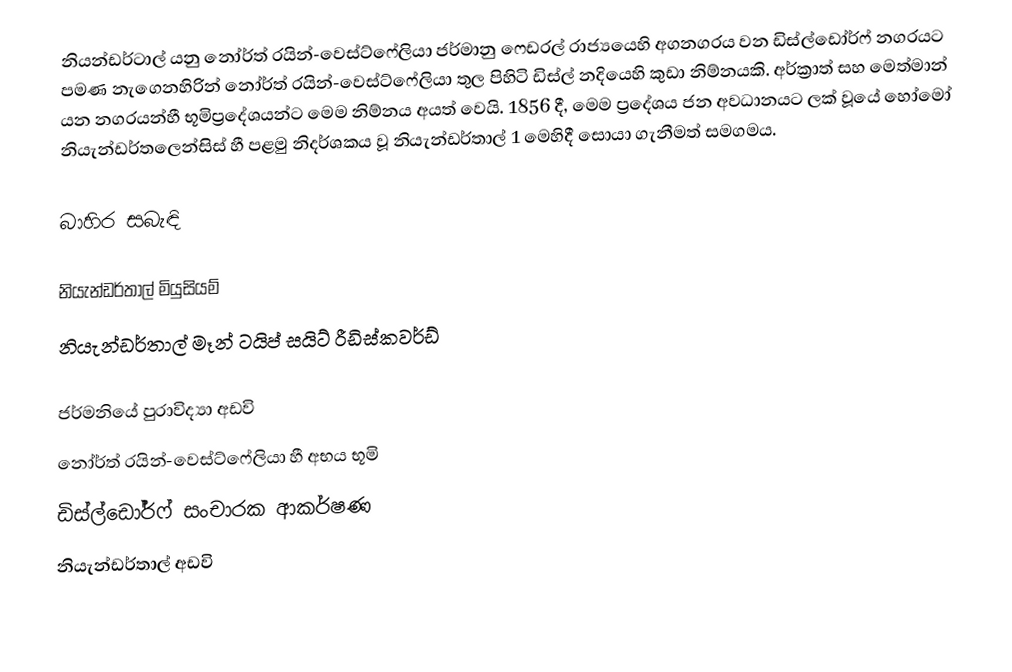
නියන්ඩර්ටාල් යනු නෝර්ත් රයින්-වෙස්ට්ෆේලියා ජර්මානු ෆෙඩරල් රාජ්‍යයෙහි  අගනගරය වන ඩිස්ල්ඩෝර්ෆ් නගරයට  පමණ නැගෙනහිරින්  නෝර්ත් රයින්-වෙස්ට්ෆේලියා තුල පිහිටි ඩිස්ල් නදියෙහි කුඩා නිම්නයකි. අර්ක්‍රාත් සහ මෙත්මාන් යන නගරයන්හී භූමිප්‍රදේශයන්ට මෙම නිම්නය අයත් වෙයි.  1856 දී, මෙම ප්‍රදේශය ජන අවධානයට ලක් වූයේ හෝමෝ නියැන්ඩර්තලෙන්සිස් හී පළමු නිදර්ශකය වූ නියැන්ඩර්තාල් 1 මෙහිදී සොයා ගැනීමත් සමගමය.

බාහිර සබැඳි

 නියැන්ඩර්තාල් මියුසියම්
 නියැන්ඩර්තාල් මෑන් ටයිප් සයිට් රීඩිස්කවර්ඩ්

ජර්මනියේ පුරාවිද්‍යා අඩවි
නෝර්ත් රයින්-වෙස්ට්ෆේලියා හී අභය භූමි
ඩිස්ල්ඩෝර්ෆ් සංචාරක ආකර්ෂණ
නියැන්ඩර්තාල් අඩවි